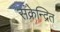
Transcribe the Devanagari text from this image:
संक्रेन्द्रित